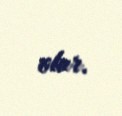
olur.